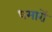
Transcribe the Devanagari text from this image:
धमारों